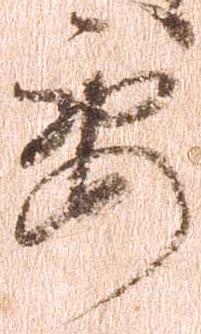
要